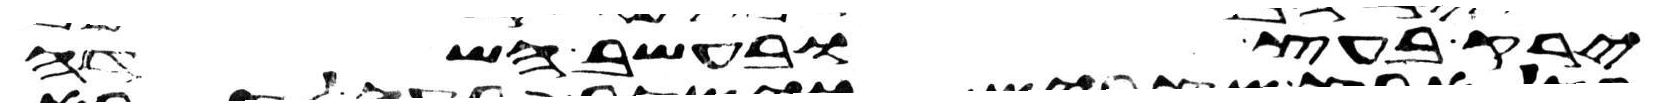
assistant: ירק בעץ ובעשב השדה